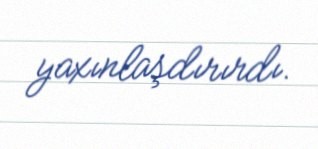
yaxınlaşdırırdı.